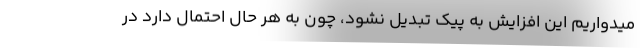
میدواریم این افزایش به پیک تبدیل نشود، چون به هر حال احتمال دارد در